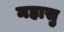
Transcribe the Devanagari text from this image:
महासु